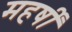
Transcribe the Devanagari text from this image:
महर्षीं